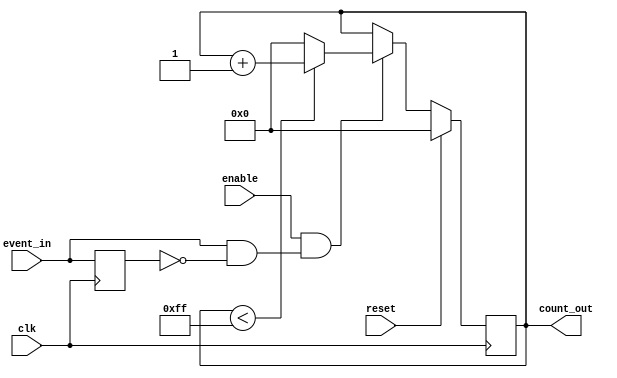
module event_triggered_counter (
    input wire clk,            // Clock signal
    input wire reset,          // Reset signal (active high)
    input wire enable,         // Enable signal (active high)
    input wire event_in,       // Event signal (to trigger count)
    output reg [7:0] count_out // Count output (8-bit wide)
);

    // Define the maximum count value
    localparam MAX_COUNT = 8'hFF; // Maximum count value for 8-bit counter

    // Internal signal to detect rising edge of event_in
    reg event_in_d; // Delayed version of event_in for edge detection

    always @(posedge clk) begin
        // Edge detection for event_in
        event_in_d <= event_in;

        if (reset) begin
            // Reset the counter to zero
            count_out <= 8'b0;
        end else if (enable && (event_in && !event_in_d)) begin
            // Increment the counter on rising edge of event_in if enabled
            if (count_out < MAX_COUNT) begin
                count_out <= count_out + 1;
            end else begin
                count_out <= 8'b0; // Wrap around to zero if maximum count is reached
            end
        end
    end

endmodule